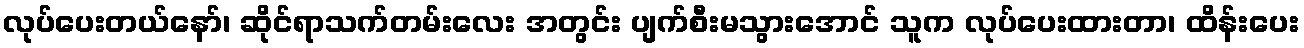
လုပ်ပေးတယ်နော်၊ ဆိုင်ရာသက်တမ်းလေး အတွင်း ပျက်စီးမသွားအောင် သူက လုပ်ပေးထားတာ၊ ထိန်းပေး